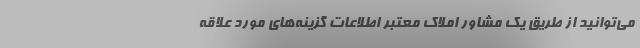
می‌توانید از طریق یک مشاور املاک معتبر اطلاعات گزینه‌های مورد علاقه